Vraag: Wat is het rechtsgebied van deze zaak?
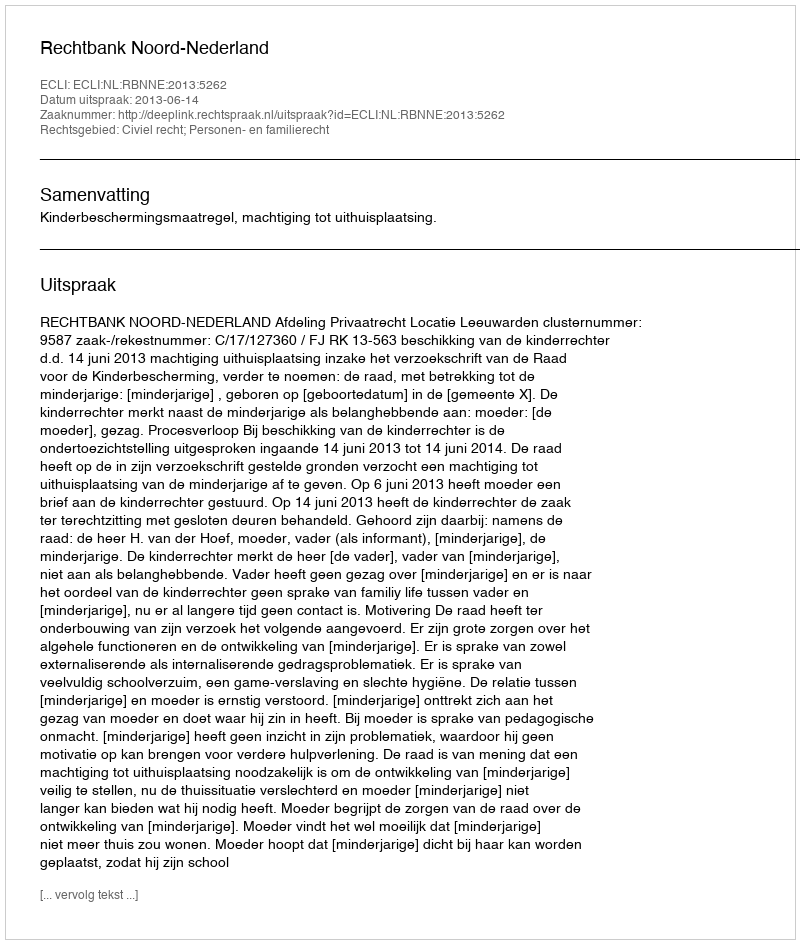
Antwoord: Civiel recht; Personen- en familierecht